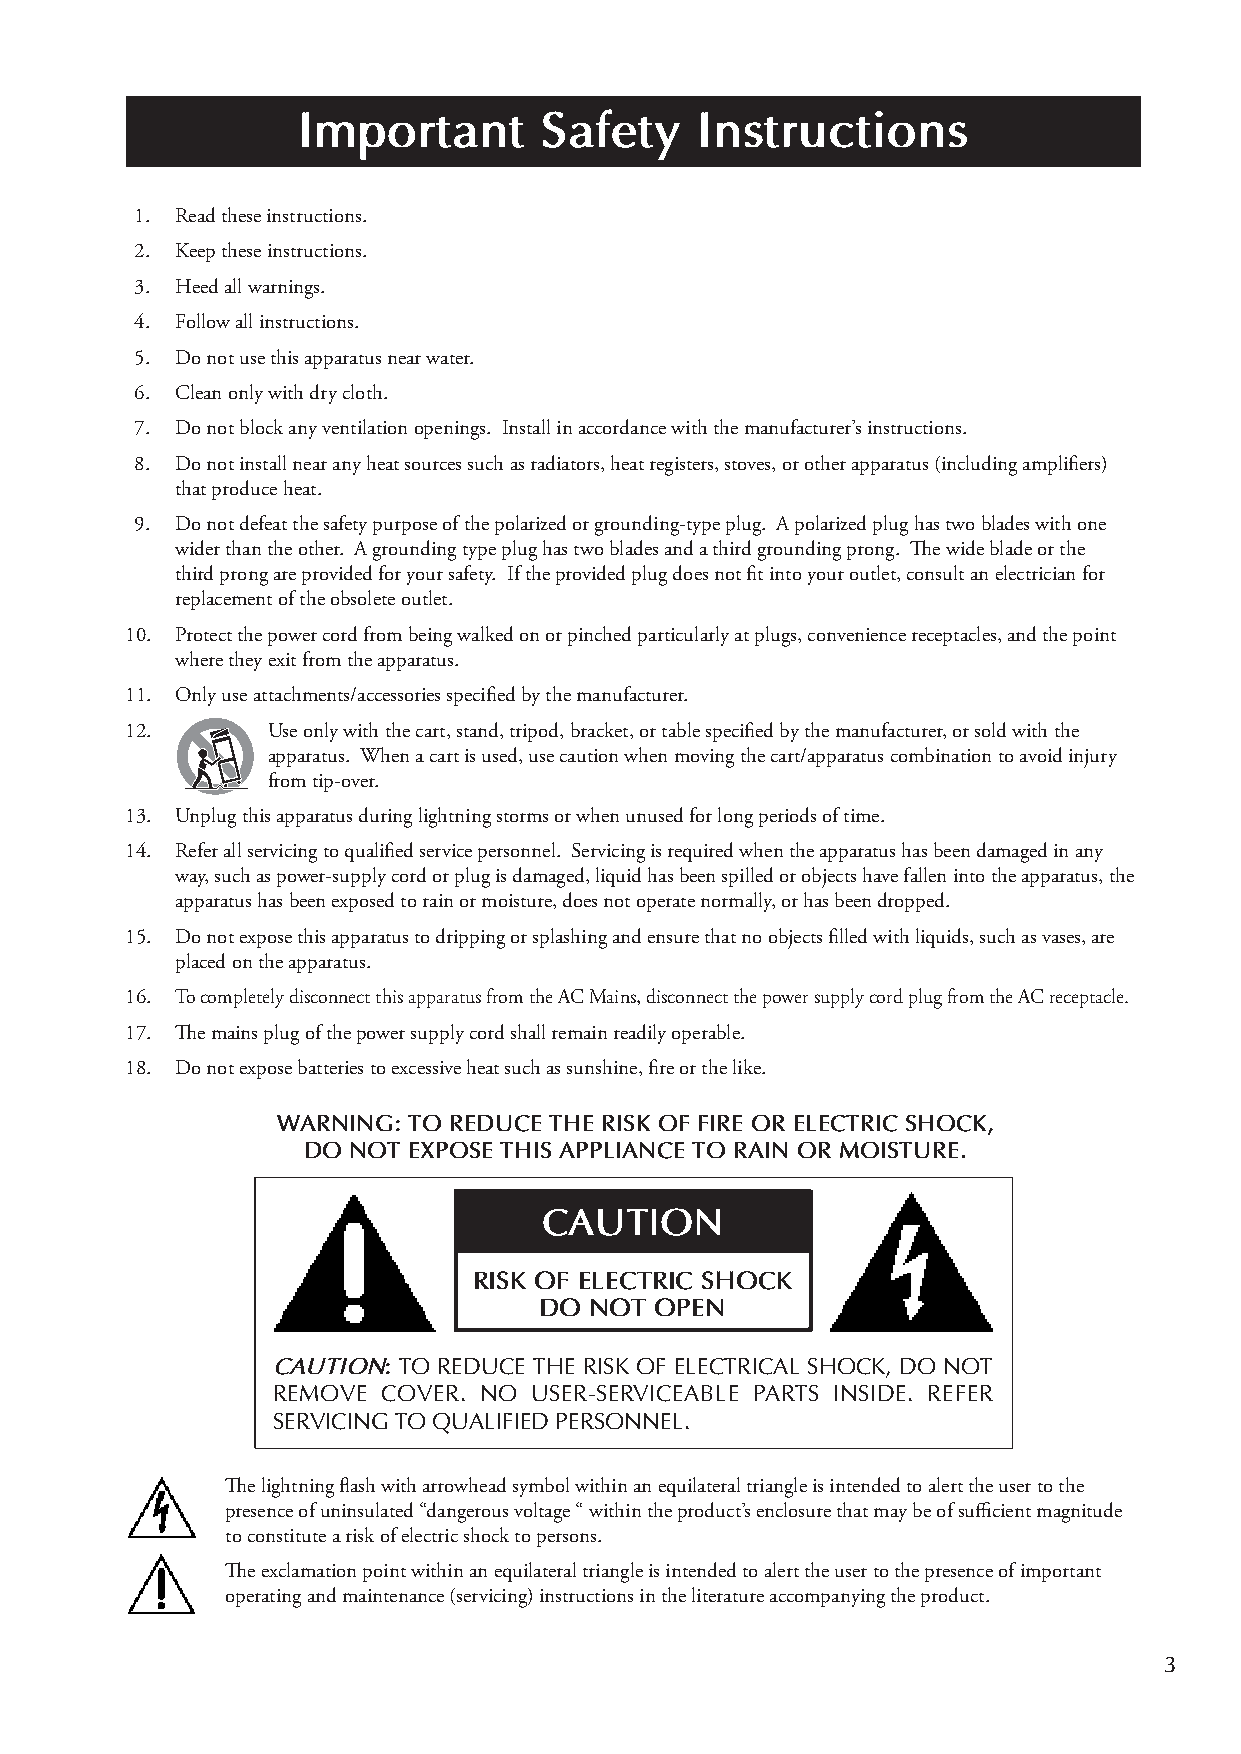
Important       Safety    Instructions
 1. Read these instructions.
 2. Keep these instructions.
 3. Heed all warnings.
 4. Follow all instructions.
 5. Do not use this apparatus near water.
 6. Clean only with dry cloth.
 7. Do not block any ventilation openings. Install in accordance with the manufacturer’s instructions.
 8. Do not install near any heat sources such as radiators, heat registers, stoves, or other apparatus (including amplifiers)
 that produce heat.
 9. Do not defeat the safety purpose of the polarized or grounding-type plug. A polarized plug has two blades with one
 wider than the other. A grounding type plug has two blades and a third grounding prong. The wide blade or the
 third prong are provided for your safety. If the provided plug does not fit into your outlet, consult an electrician for
 replacement of the obsolete outlet.
 10. Protect the power cord from being walked on or pinched particularly at plugs, convenience receptacles, and the point
 where they exit from the apparatus.
 11. Only use attachments/accessories specified by the manufacturer.
 12.       Use only with the cart, stand, tripod, bracket, or table specified by the manufacturer, or sold with the
 apparatus. When a cart is used, use caution when moving the cart/apparatus combination to avoid injury
 from tip-over.
 13. Unplug this apparatus during lightning storms or when unused for long periods of time.
 14. Refer all servicing to qualified service personnel. Servicing is required when the apparatus has been damaged in any
 way, such as power-supply cord or plug is damaged, liquid has been spilled or objects have fallen into the apparatus, the
 apparatus has been exposed to rain or moisture, does not operate normally, or has been dropped.
 15. Do not expose this apparatus to dripping or splashing and ensure that no objects filled with liquids, such as vases, are
 placed on the apparatus.
 16. To completely disconnect this apparatus from the AC Mains, disconnect the power supply cord plug from the AC receptacle.
 17. The mains plug of the power supply cord shall remain readily operable.
 18. Do not expose batteries to excessive heat such as sunshine, fire or the like.
 WARNING: TO REDUCE THE RISK OF FIRE OR ELECTRIC SHOCK,
 DO NOT EXPOSE THIS APPLIANCE TO RAIN OR MOISTURE.
 CAUTION
 RISK OF ELECTRIC SHOCK
 DO NOT OPEN
 CAUTION: TO REDUCE THE RISK OF ELECTRICAL SHOCK, DO NOT
 REMOVE COVER. NO USER-SERVICEABLE PARTS INSIDE. REFER
 SERVICING TO QUALIFIED PERSONNEL.
 The lightning flash with arrowhead symbol within an equilateral triangle is intended to alert the user to the
 presence of uninsulated “dangerous voltage “ within the product’s enclosure that may be of sufficient magnitude
 to constitute a risk of electric shock to persons.
 The exclamation point within an equilateral triangle is intended to alert the user to the presence of important
 operating and maintenance (servicing) instructions in the literature accompanying the product.
 3